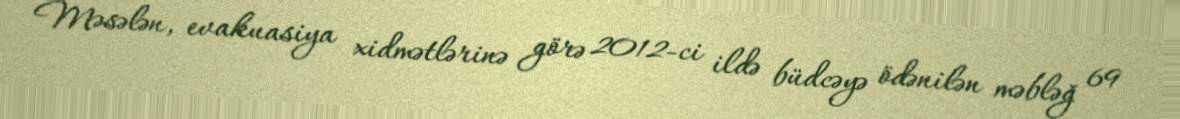
Məsələn, evakuasiya xidmətlərinə görə 2012-ci ildə büdcəyə ödənilən məbləğ 69